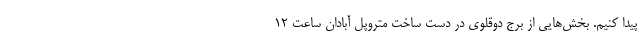
پیدا کنیم. بخش‌هایی از برج دوقلوی در دست ساخت متروپل آبادان ساعت ۱۲